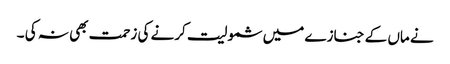
نے ماں کے جنازے میں شمولیت کرنے کی زحمت بھی نہ کی ۔